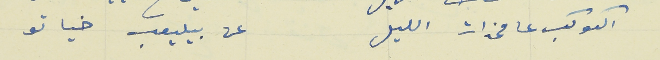
الكوكب عا مخدات الليل                                      عن بيليعب خياتو